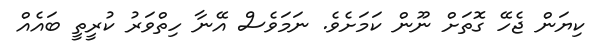
ކިޔަން ޖެހޭ ގޮތަށް ނޫން ކަމަށެވެ. ނަމަވެސް އޭނާ ހިތްވަރު ކުރީތީ ބައެއް